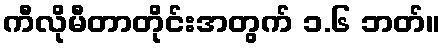
ကီလိုမီတာတိုင်းအတွက် ၁.၆ ဘတ်။